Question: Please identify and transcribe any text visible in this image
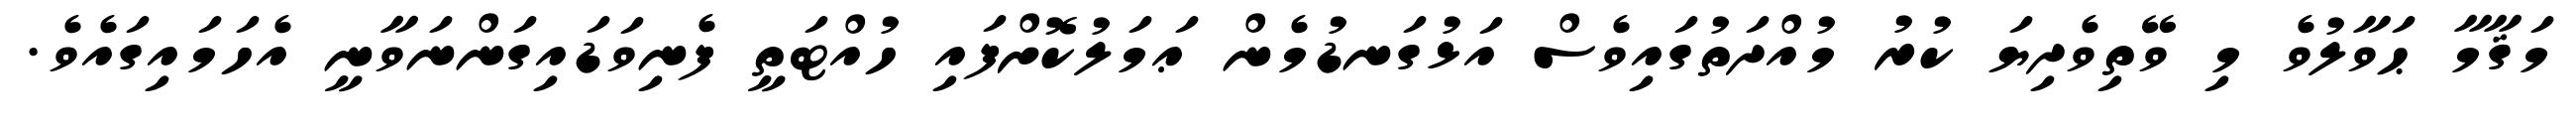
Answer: މަޤާމާ ޙަވާލުވެ މި ވޭތިވެދިޔަ ކުރު މުއްދަތުގައިވެސް އަޅުގަނޑުމެން ޢަމަލުކޮށްފައި ހުއްޓަތީ ފެނިވަޑައިގަންނަވާނީ އެހަމައިގައެވެ.